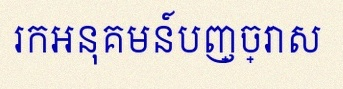
រកអនុគមន៍បញ្ច្រាស